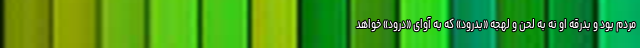
مردم بود و بدرقه او نه به لحن و لهجه «بدرود» که به آوای «درود» خواهد